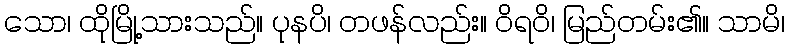
သော၊ ထိုမြို့သားသည်။ ပုနပိ၊ တဖန်လည်း။ ဝိရဝိ၊ မြည်တမ်း၏။ သာမိ၊